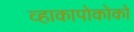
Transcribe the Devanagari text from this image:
व्हाकापोकोको